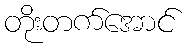
တိုးတက်အောင်